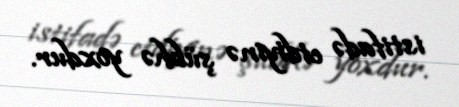
istifadə etdiyinə şübhə yoxdur.